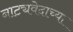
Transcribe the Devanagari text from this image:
नाट्यवेदाच्या